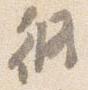
修